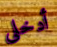
أدخلى